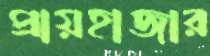
প্রায়হাজার